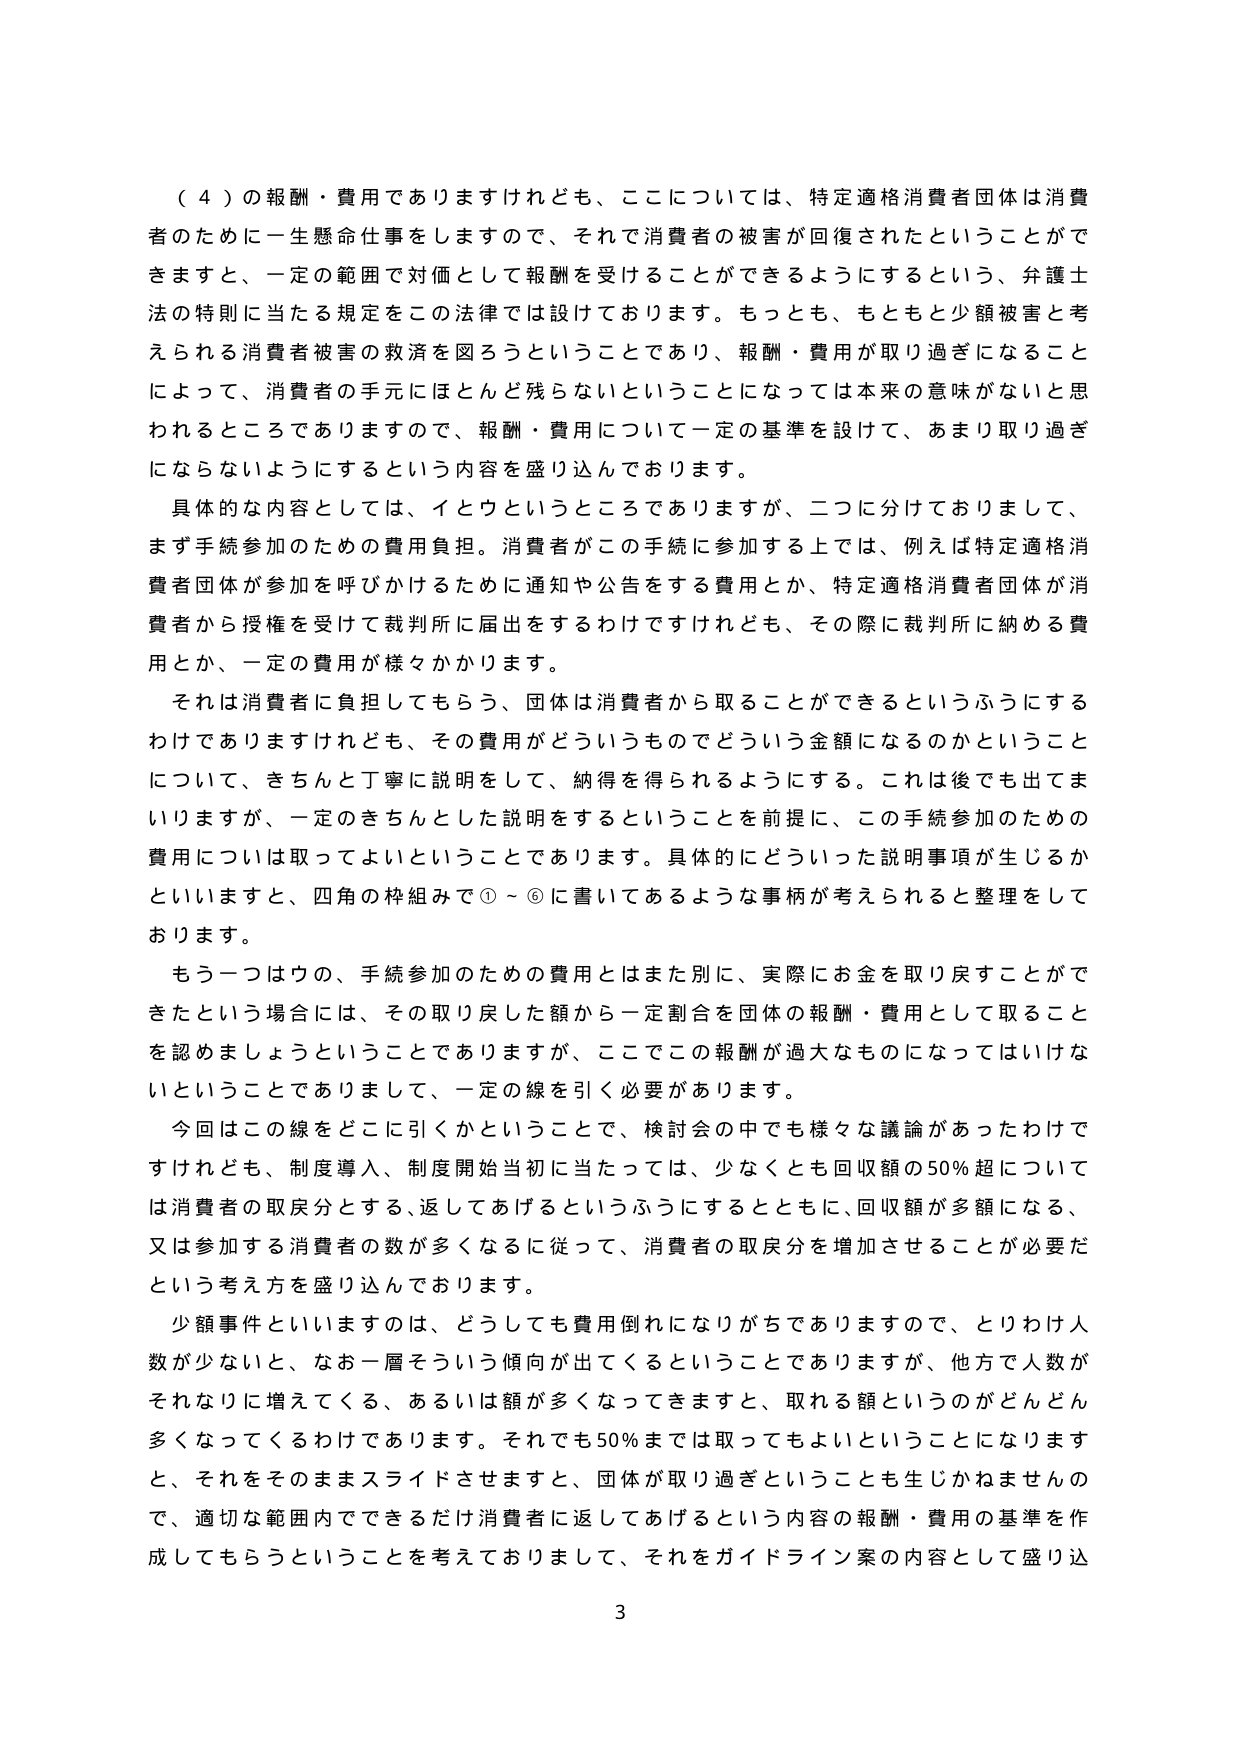
（４）の報酬・費用でありますけれども、ここについては、特定適格消費者団体は消費者のために一生懸命仕事をしますので、それで消費者の被害が回復されたということがきますと、一定の範囲で代価として報酬を受けることができるようにするという、弁護士法の特別に当たる規定をこの法律では設けております。もっとも、もともと少額被害と考えられる消費者被害の救済を図ろうということであり、報酬・費用が取り過ぎになることによって、消費者の手元にほとんど残らないということになっては本来の意味がないと思われるところでありますので、報酬・費用について一定の基準を設けて、あまり取り過ぎにならないようにするという内容を盛り込んでおります。

具体的な内容としては、イとウというところでありますが、二つに分けておりまして、まず手続参加のための費用負担。消費者がこの手続に参加する上では、例えば特定適格消費者団体が参加を呼びかけるために通知や公告をする費用とか、特定適格消費者団体が消費者から授権を受けて裁判所に届出をするわけですがけれども、その際に裁判所に納める費用とか、一定の費用が様々かかります。

それは消費者に負担してもらう、団体は消費者から取ることができるというふうにするわけでありますけれども、その費用がどういうものでどういう金額になるのかということについて、きちんと丁寧に説明をして、納得を得られるようにする。これは後でも出てまいりますが、一定のきちんとした説明をするということを前提に、この手続参加のための費用については取ってよいということであります。具体的にどういった説明事項が生じるかといいますと、四角の枠組みで①～⑥に書いてあるような事柄が考えられると整理をしております。

もう一つはウの、手続参加のための費用とはまた別に、実際にお金を取り戻すことができたという場合には、その取り戻した額から一定割合を団体の報酬・費用として取ることを認めましょうということでありますが、ここでこの報酬が過大なものになってはいけないということでありますし、一定の線を引く必要があります。

今回はこの線をどこに引くかということで、検討会の中でも様々な議論があったわけですがけれども、制度導入、制度開始当初に当たっては、少なくとも回収額の50％超については消費者の取戻分とする、返してあげるというふうにするとともに、回収額が多額になる、又は参加する消費者の数が多くなるに従って、消費者の取戻分を増加させることが必要だという考え方を盛り込んでおります。

少額事件といいますのは、どうしても費用倒れになりがちでありますので、とりわけ人数が少ないと、なお一層そういう傾向が出てくるということでありますが、他方で人数がそれなりに増えてくる、あるいは額が多くなってきますと、取れる額というのがどんどん多くなってくるわけであります。それでも50％までは取ってもよいということになりますと、それをそのままスライドさせますと、団体が取り過ぎということも生じかねませんので、適切な範囲内でできるだけ消費者に返してあげるという内容の報酬・費用の基準を作成してもらうということを考えておりまして、それをガイドライン案の内容として盛り込

3